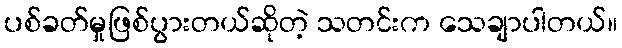
ပစ်ခတ်မှုဖြစ်ပွားတယ်ဆိုတဲ့ သတင်းက သေချာပါတယ်။